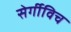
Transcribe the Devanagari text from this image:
सेर्गीविच